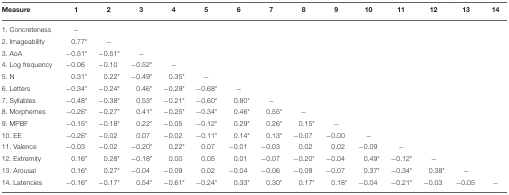
<table><thead><tr><td><b>Measure</b></td><td><b>1</b></td><td><b>2</b></td><td><b>3</b></td><td><b>4</b></td><td><b>5</b></td><td><b>6</b></td><td><b>7</b></td><td><b>8</b></td><td><b>9</b></td><td><b>10</b></td><td><b>11</b></td><td><b>12</b></td><td><b>13</b></td><td><b>14</b></td></tr></thead><tbody><tr><td>1. Concreteness</td><td>−</td><td></td><td></td><td></td><td></td><td></td><td></td><td></td><td></td><td></td><td></td><td></td><td></td><td></td></tr><tr><td>2. Imageability</td><td>0.77<sup>*</sup></td><td>−</td><td></td><td></td><td></td><td></td><td></td><td></td><td></td><td></td><td></td><td></td><td></td><td></td></tr><tr><td>3. AoA</td><td>−0.51<sup>*</sup></td><td>−0.51<sup>*</sup></td><td>−</td><td></td><td></td><td></td><td></td><td></td><td></td><td></td><td></td><td></td><td></td><td></td></tr><tr><td>4. Log frequency</td><td>−0.06</td><td>−0.10</td><td>−0.52<sup>*</sup></td><td>−</td><td></td><td></td><td></td><td></td><td></td><td></td><td></td><td></td><td></td><td></td></tr><tr><td>5. N</td><td>0.31<sup>*</sup></td><td>0.22<sup>*</sup></td><td>−0.49<sup>*</sup></td><td>0.35<sup>*</sup></td><td>−</td><td></td><td></td><td></td><td></td><td></td><td></td><td></td><td></td><td></td></tr><tr><td>6. Letters</td><td>−0.34<sup>*</sup></td><td>−0.24<sup>*</sup></td><td>0.46<sup>*</sup></td><td>−0.29<sup>*</sup></td><td>−0.68<sup>*</sup></td><td>−</td><td></td><td></td><td></td><td></td><td></td><td></td><td></td><td></td></tr><tr><td>7. Syllables</td><td>−0.48<sup>*</sup></td><td>−0.38<sup>*</sup></td><td>0.53<sup>*</sup></td><td>−0.21<sup>*</sup></td><td>−0.60<sup>*</sup></td><td>0.80<sup>*</sup></td><td>−</td><td></td><td></td><td></td><td></td><td></td><td></td><td></td></tr><tr><td>8. Morphemes</td><td>−0.26<sup>*</sup></td><td>−0.27<sup>*</sup></td><td>0.41<sup>*</sup></td><td>−0.25<sup>*</sup></td><td>−0.34<sup>*</sup></td><td>0.46<sup>*</sup></td><td>0.55<sup>*</sup></td><td>−</td><td></td><td></td><td></td><td></td><td></td><td></td></tr><tr><td>9. MPBF</td><td>−0.15<sup>*</sup></td><td>−0.18<sup>*</sup></td><td>0.22<sup>*</sup></td><td>−0.05</td><td>−0.12<sup>*</sup></td><td>0.29<sup>*</sup></td><td>0.26<sup>*</sup></td><td>0.15<sup>*</sup></td><td>−</td><td></td><td></td><td></td><td></td><td></td></tr><tr><td>10. EE</td><td>−0.26<sup>*</sup></td><td>−0.02</td><td>0.07</td><td>−0.02</td><td>−0.11<sup>*</sup></td><td>0.14<sup>*</sup></td><td>0.13<sup>*</sup></td><td>−0.07</td><td>−0.00</td><td>−</td><td></td><td></td><td></td><td></td></tr><tr><td>11. Valence</td><td>−0.03</td><td>−0.02</td><td>−0.20<sup>*</sup></td><td>0.22<sup>*</sup></td><td>0.07</td><td>−0.01</td><td>−0.03</td><td>0.02</td><td>0.02</td><td>−0.09</td><td>−</td><td></td><td></td><td></td></tr><tr><td>12. Extremity</td><td>0.16<sup>*</sup></td><td>0.28<sup>*</sup></td><td>−0.18<sup>*</sup></td><td>0.00</td><td>0.05</td><td>0.01</td><td>−0.07</td><td>−0.20<sup>*</sup></td><td>−0.04</td><td>0.49<sup>*</sup></td><td>−0.12<sup>*</sup></td><td>−</td><td></td><td></td></tr><tr><td>13. Arousal</td><td>0.16<sup>*</sup></td><td>0.27<sup>*</sup></td><td>−0.04</td><td>−0.09</td><td>0.02</td><td>−0.04</td><td>−0.06</td><td>−0.09</td><td>−0.07</td><td>0.37<sup>*</sup></td><td>−0.34<sup>*</sup></td><td>0.38<sup>*</sup></td><td>−</td><td></td></tr><tr><td>14. Latencies</td><td>−0.16<sup>*</sup></td><td>−0.17<sup>*</sup></td><td>0.54<sup>*</sup></td><td>−0.61<sup>*</sup></td><td>−0.24<sup>*</sup></td><td>0.33<sup>*</sup></td><td>0.30<sup>*</sup></td><td>0.17<sup>*</sup></td><td>0.18<sup>*</sup></td><td>−0.04</td><td>−0.21<sup>*</sup></td><td>−0.03</td><td>−0.05</td><td>−</td></tr></tbody></table>